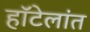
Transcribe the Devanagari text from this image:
हॉटेलांत